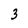
Character: 3